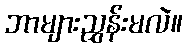
ဘာများညွှန်းမလဲ။